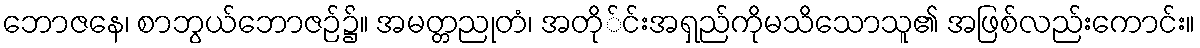
ဘောဇနေ၊ စာဘွယ်ဘောဇဉ်၌။ အမတ္တညုတံ၊ အတို်င်းအရှည်ကိုမသိသောသူ၏ အဖြစ်လည်းကောင်း။